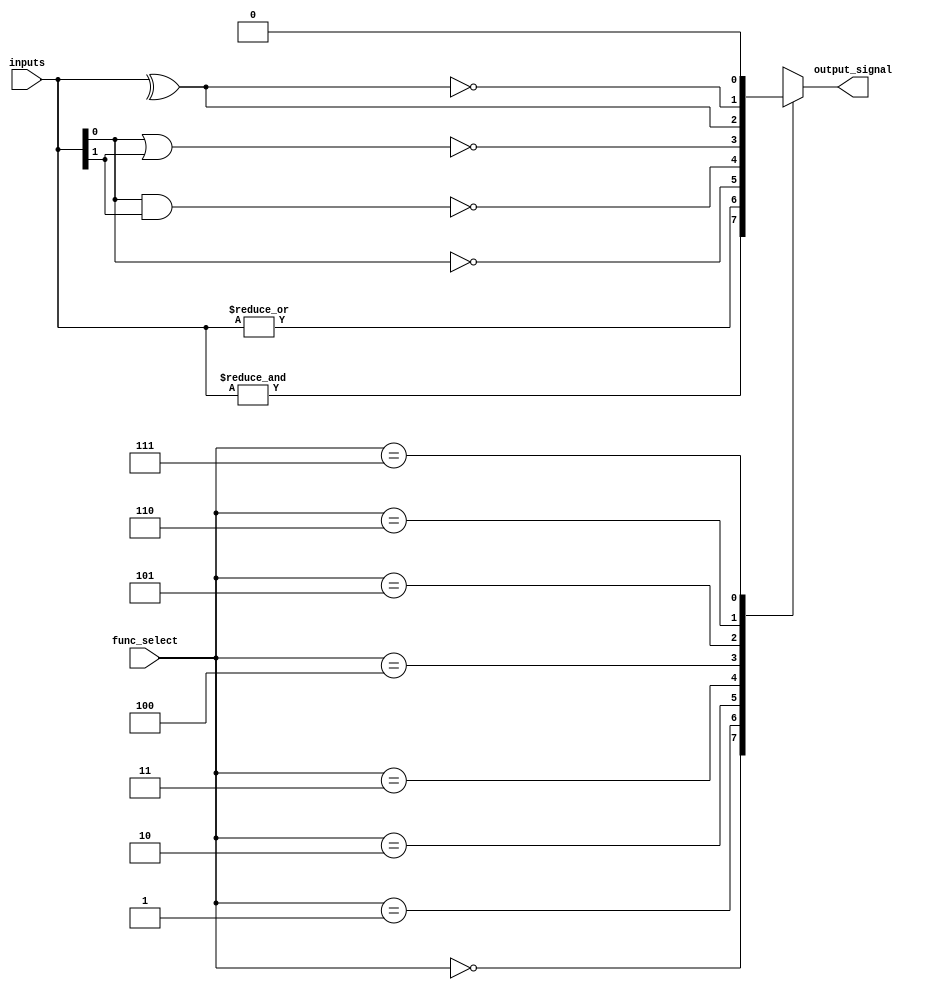
module CombinationalLogicBlock #(
    parameter N = 4,  // Number of inputs
    parameter M = 1   // Number of outputs
)(
    input  wire [N-1:0]  inputs,      // Input vector
    input  wire [2:0]    func_select,  // Function select signal
    output reg  [M-1:0]  output_signal  // Output vector
);

// Function select encoding
// 3'b000 -> AND
// 3'b001 -> OR
// 3'b010 -> NOT (only for the first input)
// 3'b011 -> NAND
// 3'b100 -> NOR
// 3'b101 -> XOR
// 3'b110 -> XNOR
// 3'b111 -> Custom function (placeholder)

always @(*) begin
    case (func_select)
        3'b000: output_signal = &inputs;           // AND
        3'b001: output_signal = |inputs;           // OR
        3'b010: output_signal = ~inputs[0];        // NOT (only on inputs[0])
        3'b011: output_signal = ~(inputs[0] & inputs[1]); // NAND
        3'b100: output_signal = ~(inputs[0] | inputs[1]); // NOR
        3'b101: output_signal = ^inputs;           // XOR
        3'b110: output_signal = ~(^inputs);        // XNOR
        3'b111: output_signal = 1'b0;              // Custom function (placeholder)
        default: output_signal = 1'b0;             // Default case
    endcase
end

endmodule